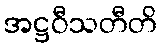
အဋ္ဌဝီသတီတိ